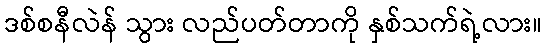
ဒစ်စနီလဲန် သွား လည်ပတ်တာကို နှစ်သက်ရဲ့လား။